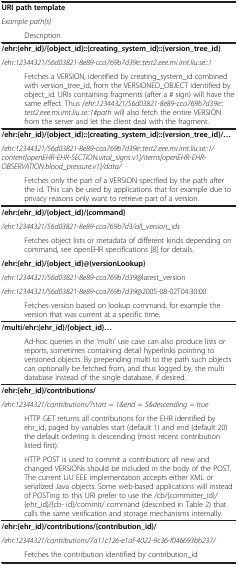
<table><thead><tr><td colspan="2"><b>URI path template</b></td></tr><tr><td colspan="2"><b><i>Example path(s)</i></b></td></tr><tr><td></td><td><b>Description</b></td></tr></thead><tbody><tr><td colspan="2"><b>/ehr:{ehr_id}/{object_id}::{creating_system_id}::{version_tree_id}</b></td></tr><tr><td colspan="2">/<i>ehr:12344321/56d03821-8e89-cca769b7d39e::test2.eee.mi.imt.liu.se::1</i></td></tr><tr><td> </td><td>Fetches a VERSION, identified by creating_system_id combined with version_tree_id, from the VERSIONED_OBJECT identified by object_id. URIs containing fragments (after a # sign) will have the same effect. Thus /<i>ehr:12344321/56d03821-8e89-cca769b7d39e::test2.eee.mi.imt.liu.se::1#path</i> will also fetch the entire VERSION from the server and let the client deal with the fragment.</td></tr><tr><td colspan="2"><b>/ehr:{ehr_id}/{object_id}::{creating_system_id}::{version_tree_id}/...</b></td></tr><tr><td colspan="2">/<i>ehr:12344321/56d03821-8e89-cca769b7d39e::test2.eee.mi.imt.liu.se::1/content[openEHR-EHR-SECTION.vital_signs.v1]/items[openEHR-EHR-OBSERVATION.blood_pressure.v1]/data/</i></td></tr><tr><td> </td><td>Fetches only the part of a VERSION specified by the path after the id. This can be used by applications that for example due to privacy reasons only want to retrieve part of a version.</td></tr><tr><td colspan="2"><b>/ehr:{ehr_id}/{object_id}/{command}</b></td></tr><tr><td colspan="2"><i>/ehr:12344321/56d03821-8e89-cca769b7d3/all_version_ids</i></td></tr><tr><td> </td><td>Fetches object lists or metadata of different kinds depending on command, see openEHR specifications [8] for details.</td></tr><tr><td colspan="2"><b>/ehr:{ehr_id}/{object_id}@{versionLookup}</b></td></tr><tr><td colspan="2">/<i>ehr:12344321/56d03821-8e89-cca769b7d39</i>@latest_version</td></tr><tr><td colspan="2">/<i>ehr:12344321/56d03821-8e89-cca769b7d39</i>@2005-08-02T04:30:00</td></tr><tr><td> </td><td>Fetches version based on lookup command, for example the version that was current at a specific time.</td></tr><tr><td colspan="2"><b>/multi/ehr:{ehr_id}/{object_id}...</b></td></tr><tr><td> </td><td>Ad-hoc queries in the ‘multi’ use case can also produce lists or reports, sometimes containing detail hyperlinks pointing to versioned objects. By prepending multi to the path such objects can optionally be fetched from, and thus logged by, the multi database instead of the single database, if desired.</td></tr><tr><td colspan="2"><b>/ehr:{ehr_id}/contributions/</b></td></tr><tr><td colspan="2"><i>/ehr:12344321/contributions/?start = 1&amp;end = 5&amp;descending = true</i></td></tr><tr><td> </td><td>HTTP GET returns all contributions for the EHR identified by ehr_id, paged by variables start (default 1) and end (default 20) the default ordering is descending (most recent contribution listed first).</td></tr><tr><td> </td><td>HTTP POST is used to commit a contribution; all new and changed VERSIONs should be included in the body of the POST. The current LiU EEE implementation accepts either XML or serialized Java objects. Some web-based applications will instead of POSTing to this URI prefer to use the /cb/{committer_id}/{ehr_id}/{cb- id}/commit/ command (described in Table 2) that calls the same verification and storage mechanisms internally.</td></tr><tr><td colspan="2"><b>/ehr:{ehr_id}/contributions/{contribution_id}/</b></td></tr><tr><td colspan="2"><i>/ehr:12344321/contributions/7a11c126-e1af-4022-9c36-f046693bb237/</i></td></tr><tr><td> </td><td>Fetches the contribution identified by contribution_id</td></tr></tbody></table>